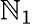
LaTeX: \mathbb{N}_{1}